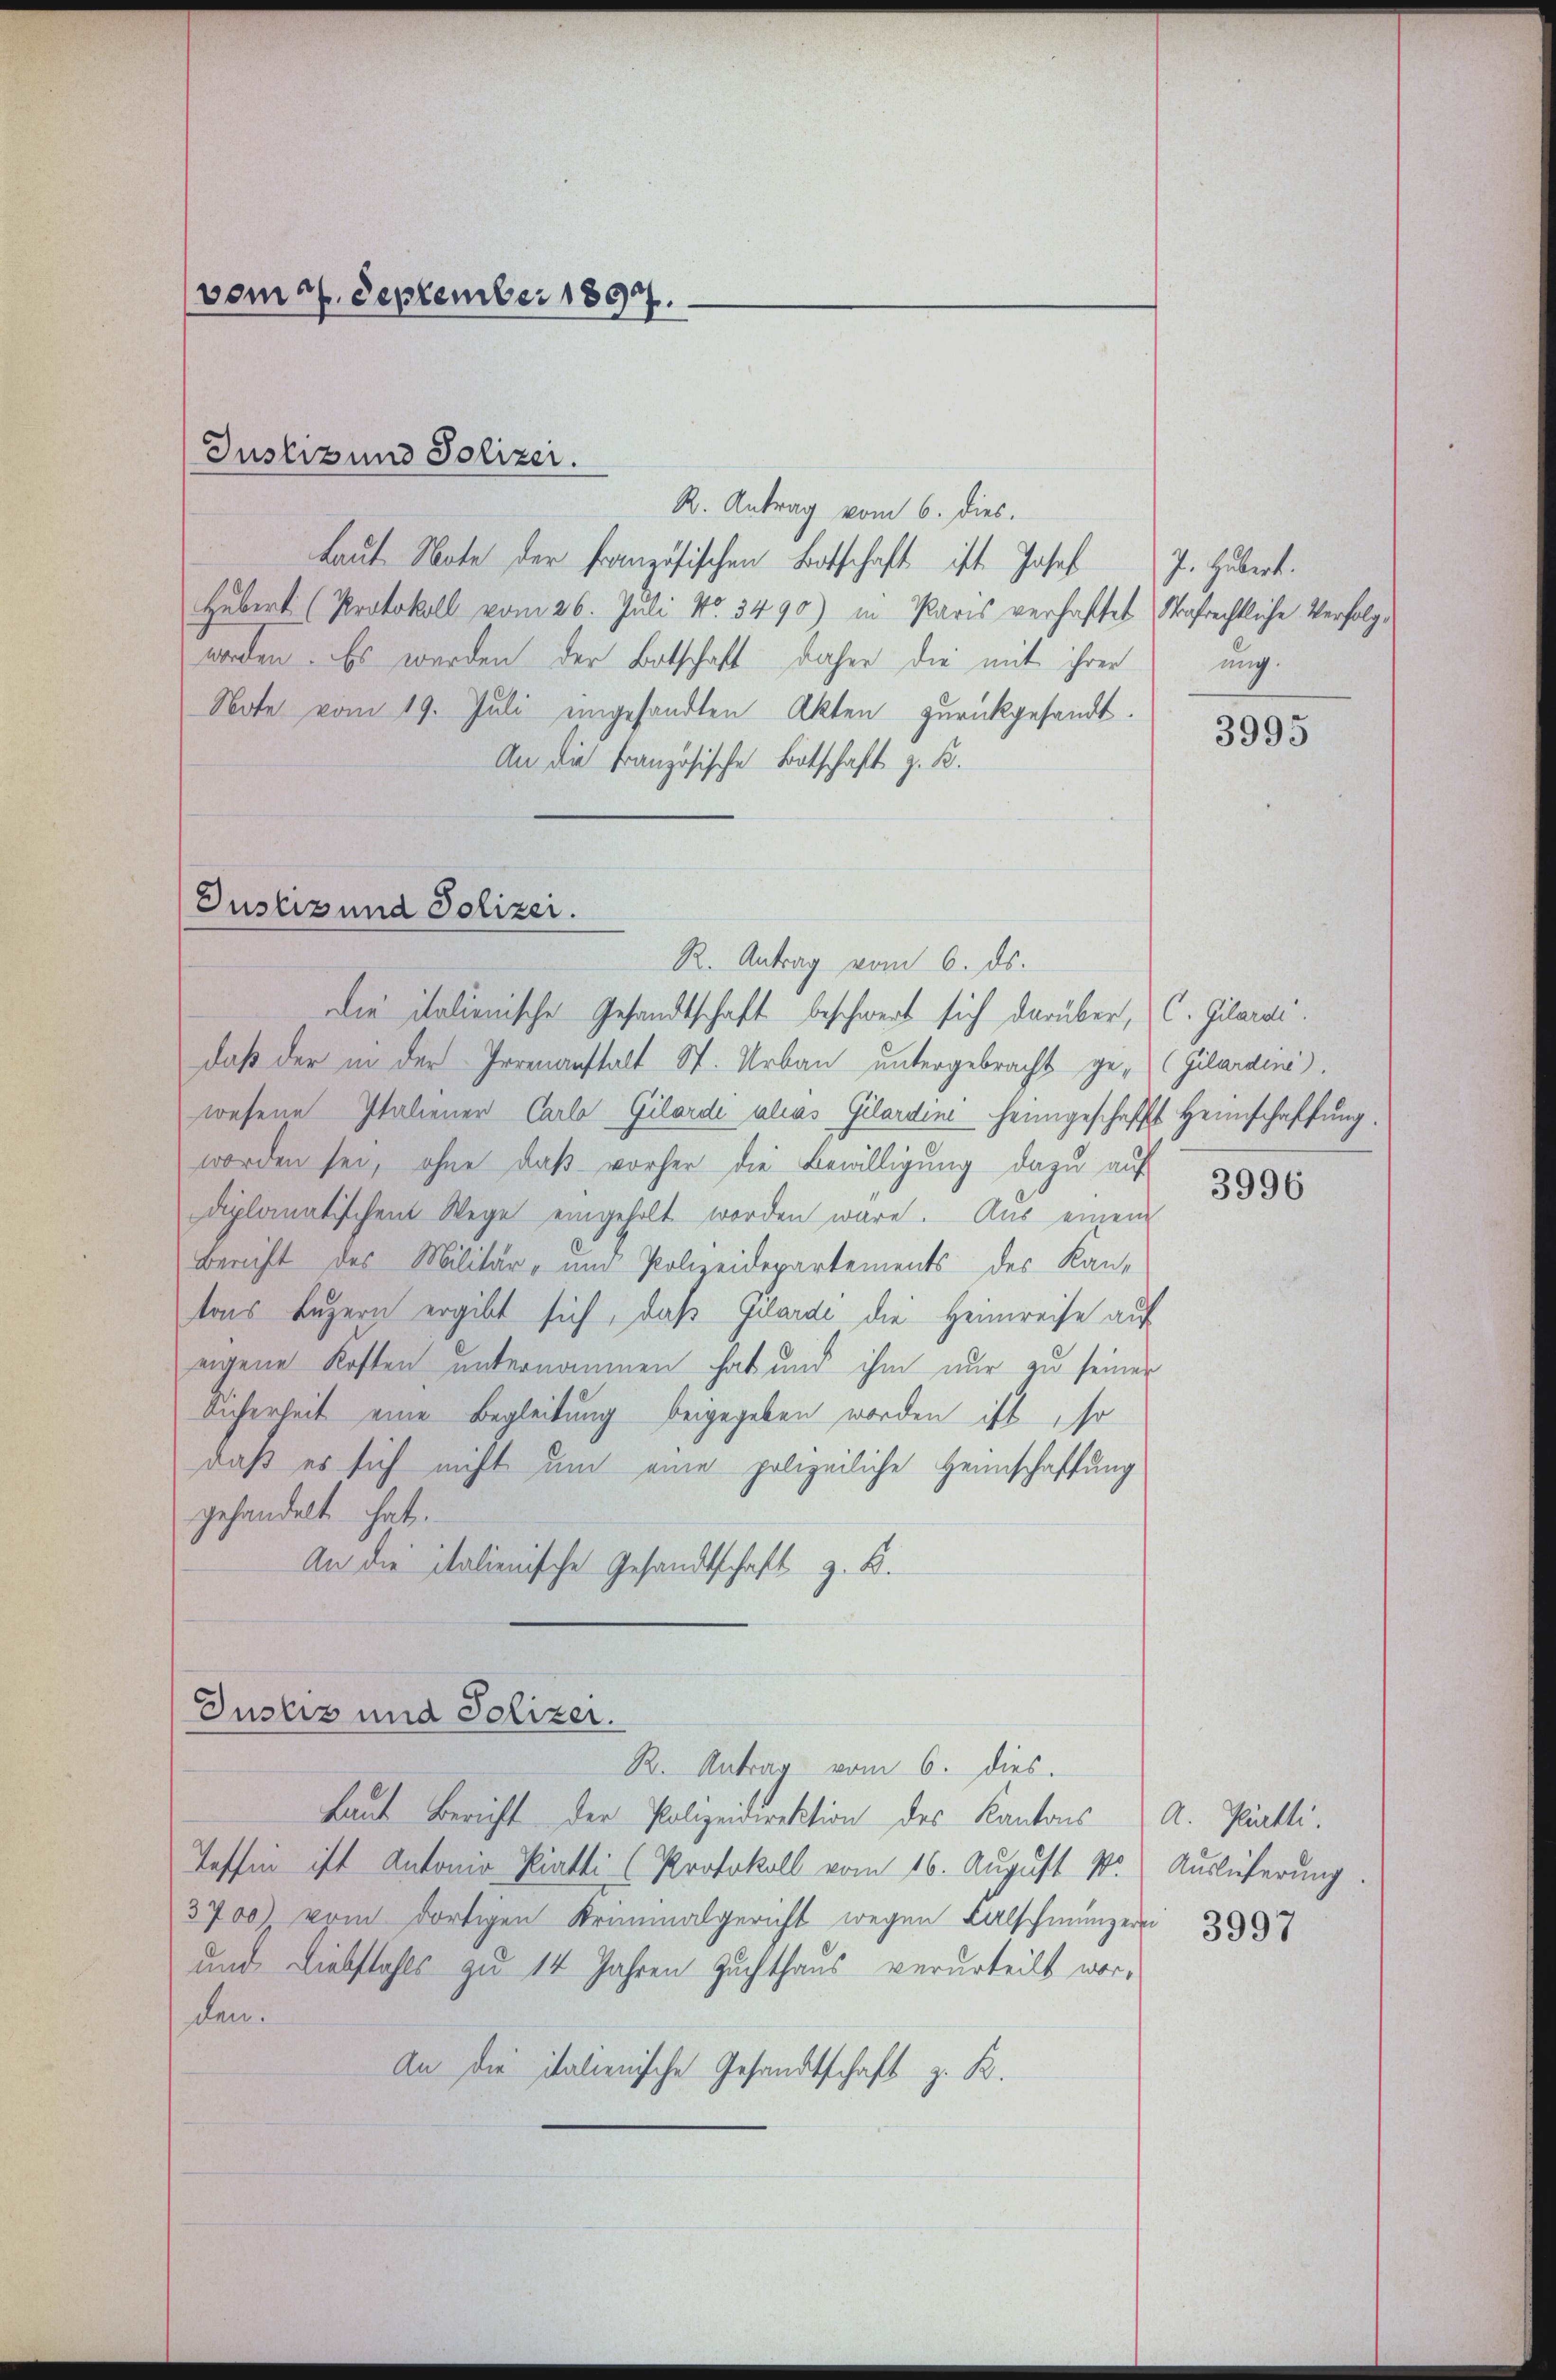
Die italienische Gesandtschaft beschwert sich darüber, C. Gilardi
daß der in der Irrenanstalt St. Urbau untergebracht ge-Gilardina
wesene Italiener Carlo Gilardi alias Gilardini heimgeschafft Heimschaffung.
worden sei, ohne daß vorher die Bewilligung dazu auf
diplomatischen Wege eingeholt worden wäre. Aus einem
Bericht des Militär- und Polizeidepartements des Kantons Luzern ergibt sich, daß Gilardi die Heimreise auf
eigene Kosten unternommen hat und ihm nur zu seiner
Sicherheit eine Begleitung beigegeben worden ist, so
daß es sich nicht um eine polizeiliche Heimschaffung
gehandelt hat.
An die italienische Gesandtschaft z. B.
Justiz und Polizer.
R. Antrag vom 6. dies.
Laut Bericht der Polizeidirektion des Kantons A. Pärtli.
Tessin ist Antonio-Kiatti (Protokoll vom 16. August 1. Auslieferung.
3700) vom dortigen Kraumalgericht wegen Falschmünzer
und Diebstahls zu 14 Jahren Zuchthaus verurteilt worden.
An die italienische Gesandtschaft z. B.

(vom 27. September 1897.

R. Antrag vom 6. dies.
Laŭt Note der Französischen Botschaft ist Josef J. Hubert.
Hubert (Protokoll vom 26. Juli No. 3490) in Paris verhaftet Strafrechtliche Verfolgworden. Es werden der Botschaft daher die mit ihrer
Note vom 19. Juli eingesandten Akten zurückgesandt.
An die Französische Botschaft z. B.

Justiz und Polizei.

Justiz und Polizei.
R. Antrag vom 6. ds.

ung.

3995

3996